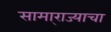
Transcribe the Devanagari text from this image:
सामा्राज्याचा